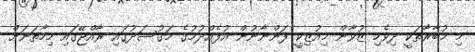
މި މުބާރާތަކީ ދިވެހި ޒުވާން މިއުޒިކީ ފަންނާނުން އުފެއްދުމުގެ މަގުސަދުގައި ރާއްޖޭގައި މިހާތަނަށް